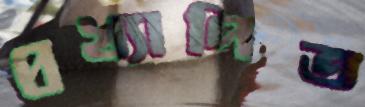
প্রখ্যাপিত